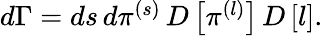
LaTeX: \begin{array}{r}{d\Gamma=ds\, d\pi^{(s)}\, D\left[\pi^{(l)}\right]\, D\left[l\right].}\end{array}